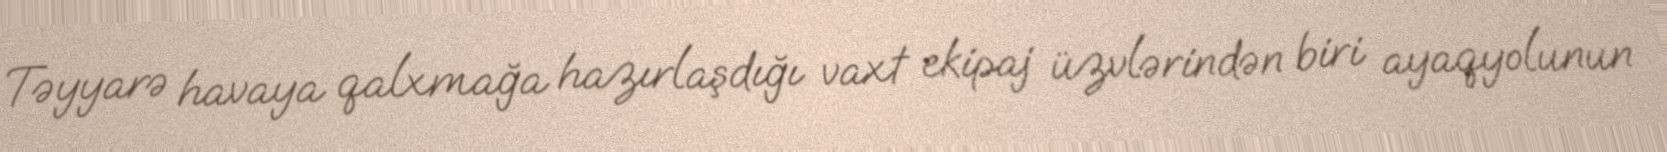
Təyyarə havaya qalxmağa hazırlaşdığı vaxt ekipaj üzvlərindən biri ayaqyolunun